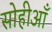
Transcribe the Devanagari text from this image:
सोहीआँ